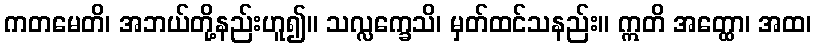
ကတမေတိ၊ အဘယ်တို့နည်းဟူ၍။ သလ္လက္ခေသိ၊ မှတ်ထင်သနည်း။ ဣတိ အတ္ထော၊ အထ၊